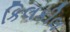
કિલકીલ